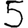
Digit: 5